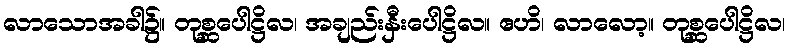
လာသောအခါ၌။ တုစ္ဆပေါဋ္ဌိလ၊ အချည်းနှီးပေါဋ္ဌိလ။ ဧဟိ၊ လာလော့။ တုစ္ဆပေါဋ္ဌိလ၊